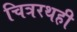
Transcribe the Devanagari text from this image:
चित्ररथही